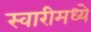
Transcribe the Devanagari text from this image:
स्वारीमध्ये